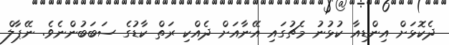
ދެކޮޅަށް އިންޑިއާ ކުޅުނު މެޗުގައި އޭނާއަށް ދެއްކި ރަތް ކާޑުގެ ސަބަބުންނެވެ. ނޭޕާލް